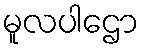
မူလပါဌော